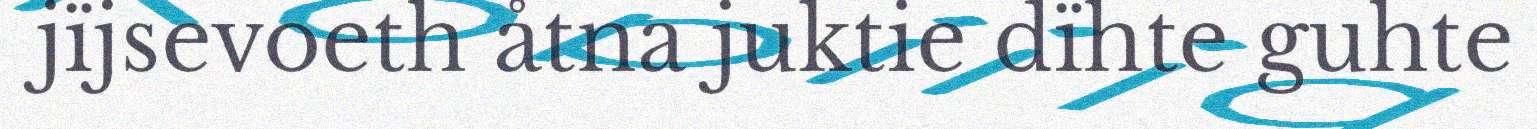
jïjsevoeth åtna juktie dïhte guhte